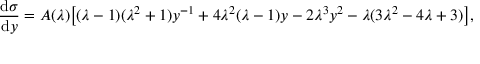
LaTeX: \frac { \mathrm { d } \sigma } { \mathrm { d } y } = A ( \lambda ) \displaystyle { \left[ ( \lambda - 1 ) ( \lambda ^ { 2 } + 1 ) y ^ { - 1 } + 4 \lambda ^ { 2 } ( \lambda - 1 ) y - 2 \lambda ^ { 3 } y ^ { 2 } - \lambda ( 3 \lambda ^ { 2 } - 4 \lambda + 3 ) \right] } ,